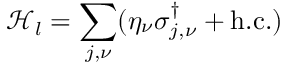
\mathcal { H } _ { l } = \sum _ { j , \nu } ( \eta _ { \nu } ^ { \phantom { \dagger } } \sigma _ { j , \nu } ^ { \dagger } + \mathrm { h . c . } )